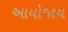
આયોજાય